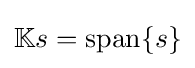
\mathbb {K} s=\operatorname {span} \{s\}